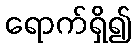
ရောက်ရှိ၍